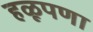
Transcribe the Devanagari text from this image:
हळूपणा